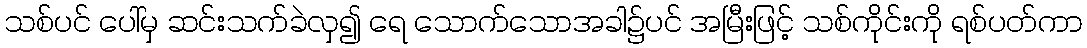
သစ်ပင် ပေါ်မှ ဆင်းသက်ခဲလှ၍ ရေ သောက်သောအခါ၌ပင် အမြီးဖြင့် သစ်ကိုင်းကို ရစ်ပတ်ကာ